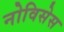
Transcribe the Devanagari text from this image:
नोविसेस